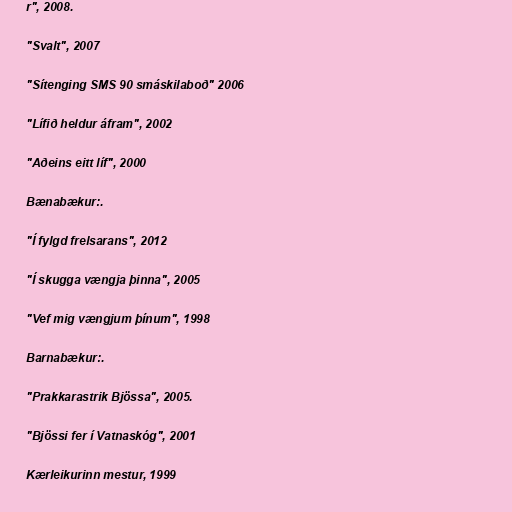
r", 2008.

"Svalt", 2007

"Sítenging SMS 90 smáskilaboð" 2006

"Lífið heldur áfram", 2002

"Aðeins eitt líf", 2000

Bænabækur:.

"Í fylgd frelsarans", 2012

"Í skugga vængja þinna", 2005

"Vef mig vængjum þínum", 1998

Barnabækur:.

"Prakkarastrik Bjössa", 2005.

"Bjössi fer í Vatnaskóg", 2001

Kærleikurinn mestur, 1999